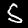
Label: 5